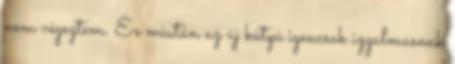
nem végeztem. És miután az új kütyü igencsak izgalmasnak